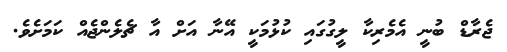
ޖެރާޑް ބުނީ އެމެރިކާ ލީގުގައި ކުޅުމަކީ އޭނާ އަށް އާ ޗެލެންޖެއް ކަމަށެވެ.